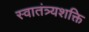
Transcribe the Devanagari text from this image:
स्वातंत्र्यशक्ति